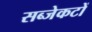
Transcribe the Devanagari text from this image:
सब्जेकटों